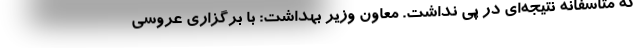
که متاسفانه نتیجه‌ای در پی نداشت. معاون وزیر بهداشت: با برگزاری عروسی